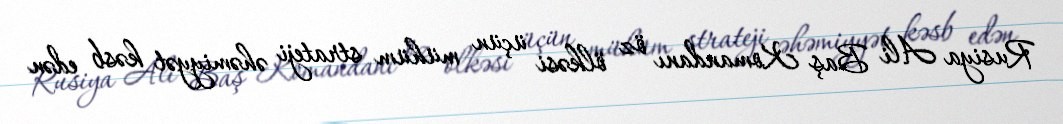
Rusiya Ali Baş Komandanı öz ölkəsi üçün mühüm strateji əhəmiyyət kəsb edən